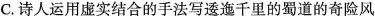
C.诗人运用虚实结合的手法写逶迤千里的蜀道的奇险风